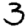
Digit: 3